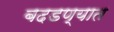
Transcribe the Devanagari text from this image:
बदडण्यात